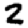
Digit: 2